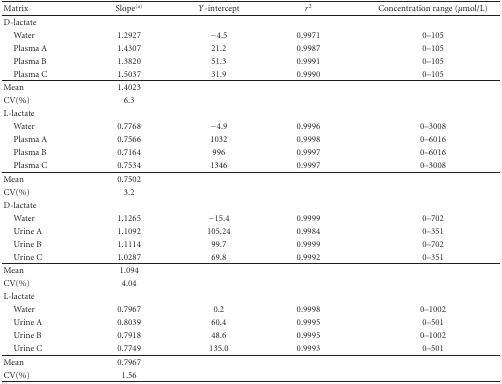
| Matrix | Slope(a) | Y-intercept | r2 | Concentration range (μmol/L) |
 | --- | --- | --- | --- | --- |
 | D-lactate |  |  |  |  |
 | Water | 1.2927 | −4.5 | 0.9971 | 0–105 |
 | Plasma A | 1.4307 | 21.2 | 0.9987 | 0–105 |
 | Plasma B | 1.3820 | 51.3 | 0.9991 | 0–105 |
 | Plasma C | 1.5037 | 31.9 | 0.9990 | 0–105 |
 | Mean | 1.4023 |  |  |  |
 | CV(%) | 6.3 |  |  |  |
 | L-lactate |  |  |  |  |
 | Water | 0.7768 | −4.9 | 0.9996 | 0–3008 |
 | Plasma A | 0.7566 | 1032 | 0.9998 | 0–6016 |
 | Plasma B | 0.7164 | 996 | 0.9997 | 0–6016 |
 | Plasma C | 0.7534 | 1346 | 0.9997 | 0–3008 |
 | Mean | 0.7502 |  |  |  |
 | CV(%) | 3.2 |  |  |  |
 | D-lactate |  |  |  |  |
 | Water | 1.1265 | −15.4 | 0.9999 | 0–702 |
 | Urine A | 1.1092 | 105.24 | 0.9984 | 0–351 |
 | Urine B | 1.1114 | 99.7 | 0.9999 | 0–702 |
 | Urine C | 1.0287 | 69.8 | 0.9992 | 0–351 |
 | Mean | 1.094 |  |  |  |
 | CV(%) | 4.04 |  |  |  |
 | L-lactate |  |  |  |  |
 | Water | 0.7967 | 0.2 | 0.9998 | 0–1002 |
 | Urine A | 0.8039 | 60.4 | 0.9995 | 0–501 |
 | Urine B | 0.7918 | 48.6 | 0.9995 | 0–1002 |
 | Urine C | 0.7749 | 135.0 | 0.9993 | 0–501 |
 | Mean | 0.7967 |  |  |  |
 | CV(%) | 1.56 |  |  |  |